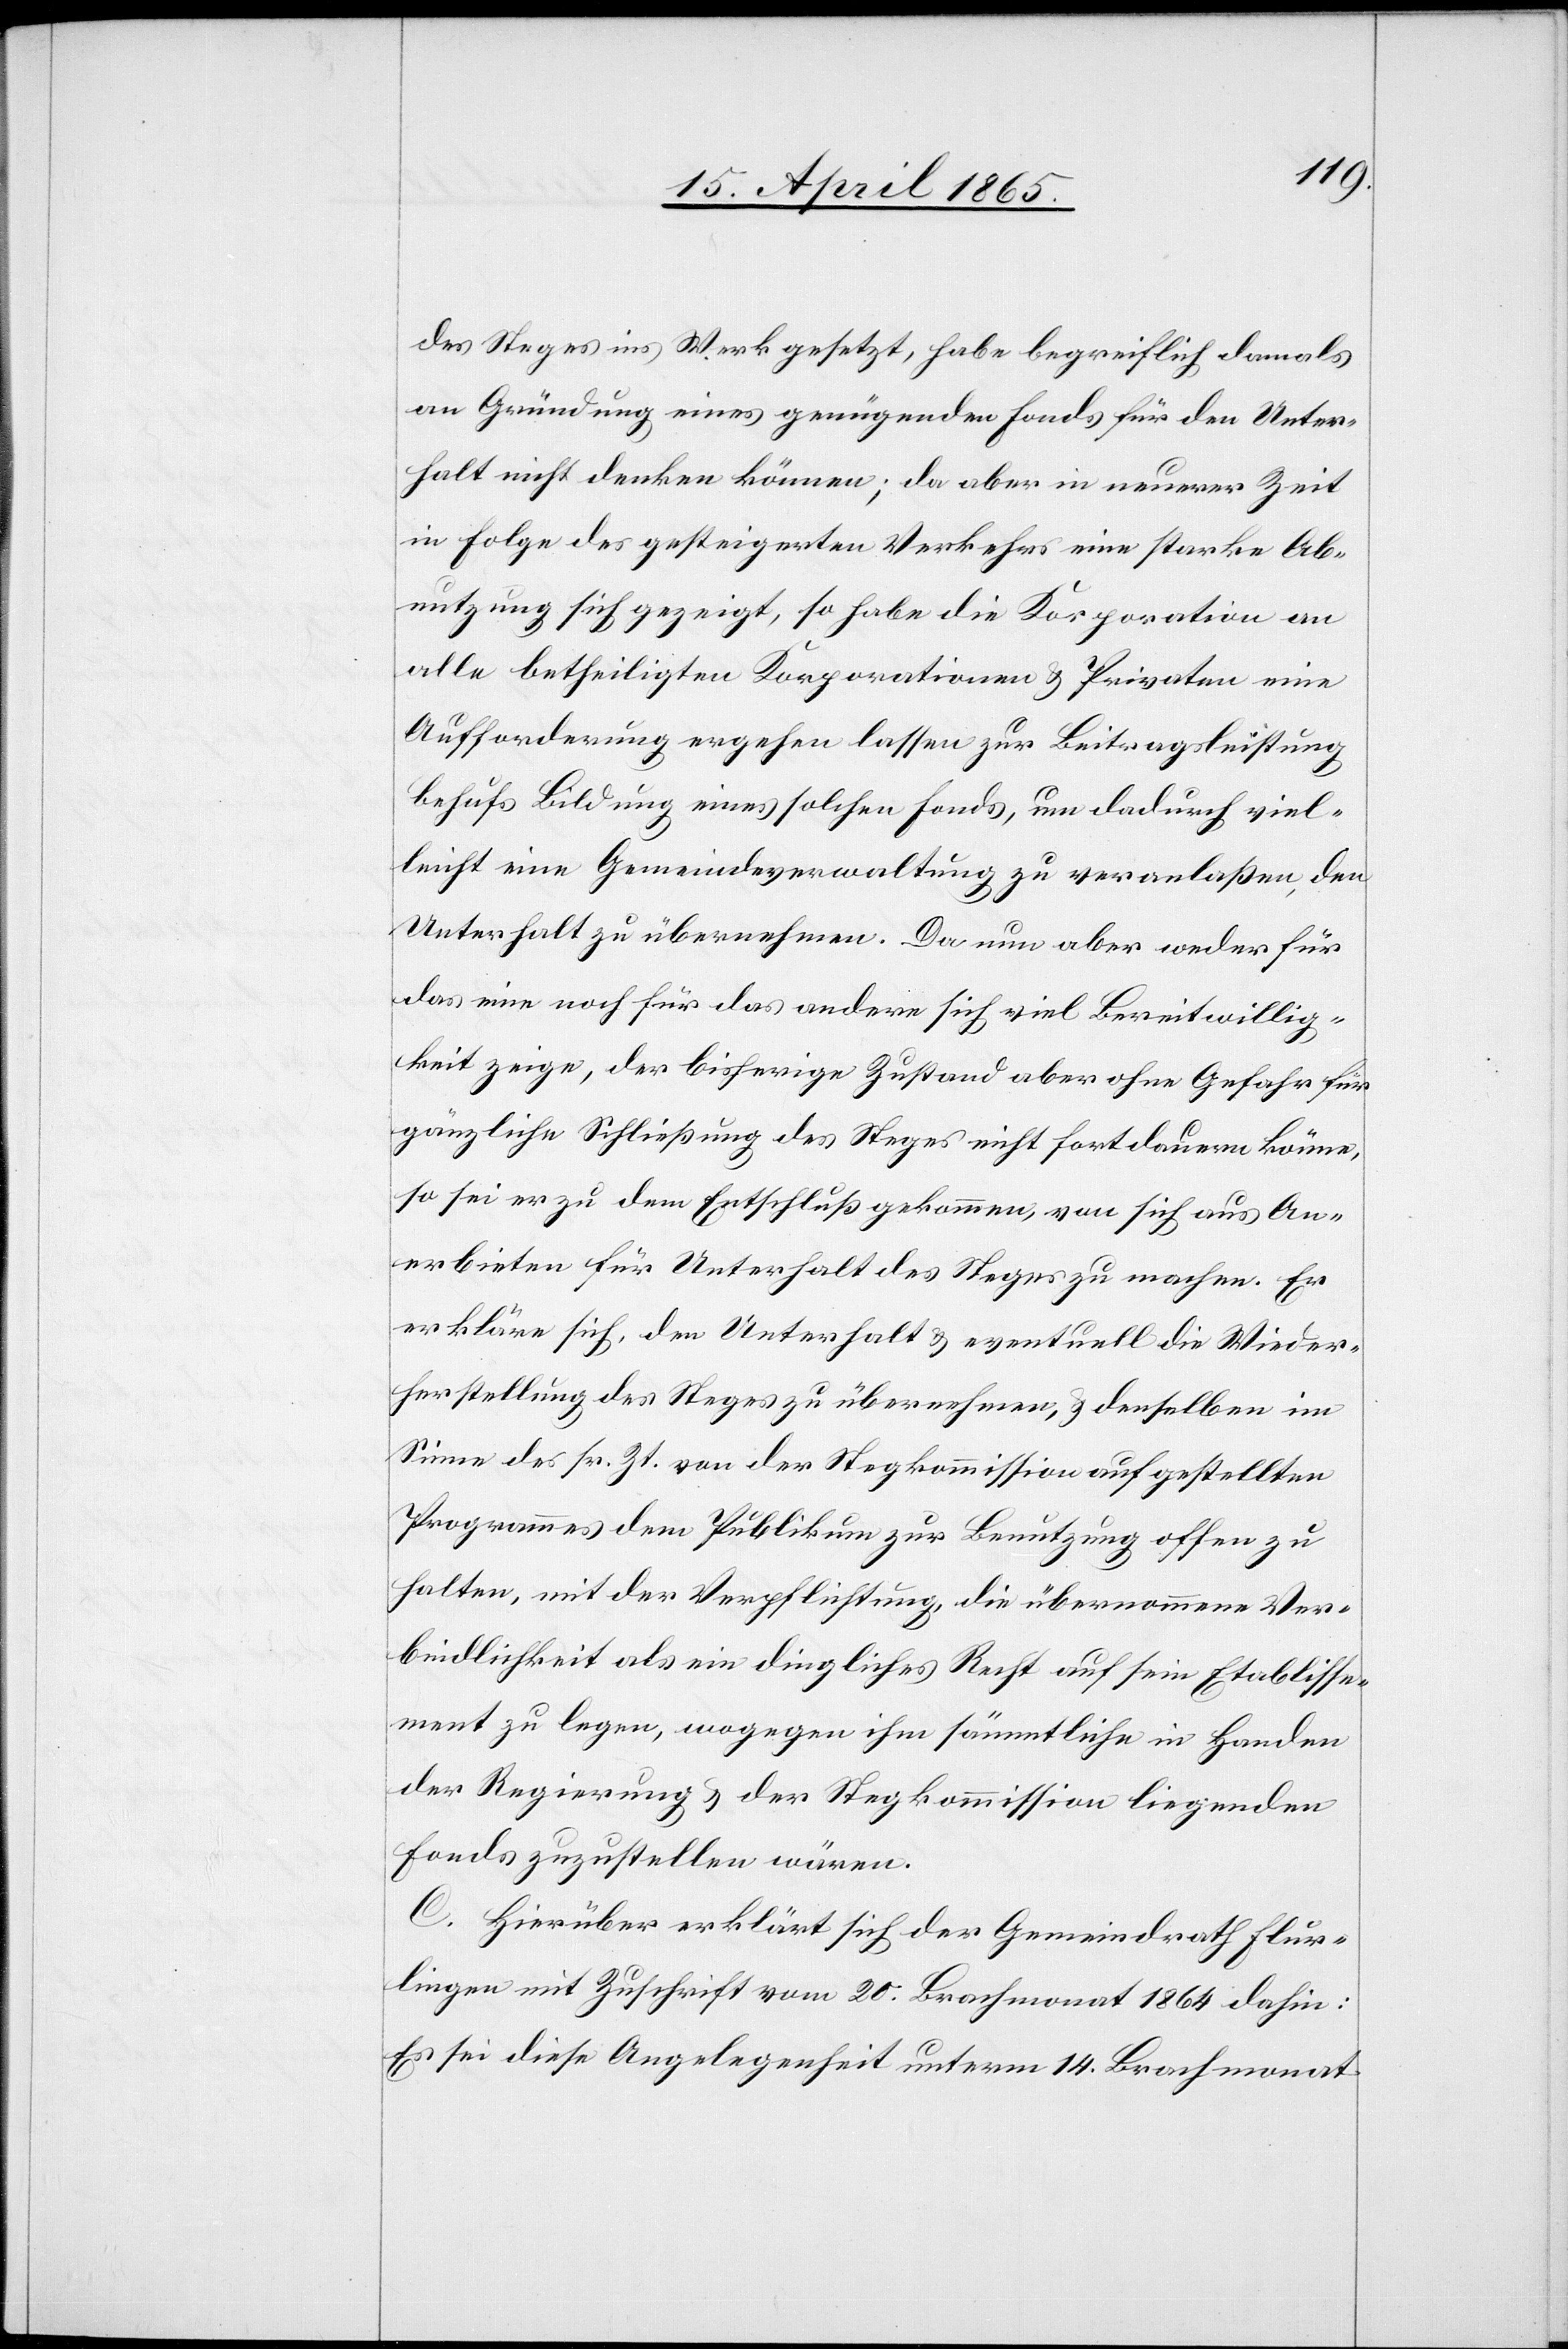
des Steges ins Werk gesetzt, habe begreiflich damals
an Gründung eines genügenden Fonds für den Unter¬
halt nicht denken können; da aber in neuerer Zeit
in Folge des gesteigerten Verkehrs eine starke Ab¬
nutzung sich gezeigt, so habe die Korporation an
alle betheiligten Korporationen & Privaten eine
Aufforderung ergehen lassen zur Beitragsleistung
behufs Bildung eines solchen Fonds, um dadurch viel¬
leicht eine Gemeindeverwaltung zu veranlaßen, den
Unterhalt zu übernehmen. Da nun aber weder für
das eine noch für das andere sich viel Bereitwillig¬
keit zeige, der bisherige Zustand aber ohne Gefahr für
gänzliche Schließung des Steges nicht fortdauern könne,
so sei er zu dem Entschluß gekommen, von sich aus An¬
erbieten für Unterhalt des Steges zu machen. Er
erkläre sich, den Unterhalt & eventuell die Wieder¬
herstellung des Steges zu übernehmen, & denselben im
Sinne des sr. Zt. von der Stegkommission aufgestellten
Programmes dem Publikum zur Benutzung offen zu
halten, mit der Verpflichtung, die übernommene Ver¬
bindlichkeit als ein dingliches Recht auf sein Etablisse¬
ment zu legen, wogegen ihm sämmtliche in Handen
der Regierung & der Stegkommission liegenden
Fonds zuzustellen wären.
C. Hierüber erklärt sich der Gemeindrath Flur¬
lingen mit Zuschrift vom 20. Brachmonat 1864 dahin:
Es sei diese Angelegenheit unterm 14. Brachmonat